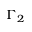
\Gamma _ { 2 }